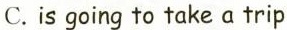
C. is going to take a trip